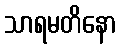
သာရမတိနော